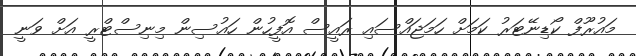
މައުރޫފް ކޯޑިނޭޓަރު ކަމަށް ހަމަޖައްސައި ރައީސް އޮފީހުން ހައުސިން މިނިސްޓްރީ އަށް ވަނީ